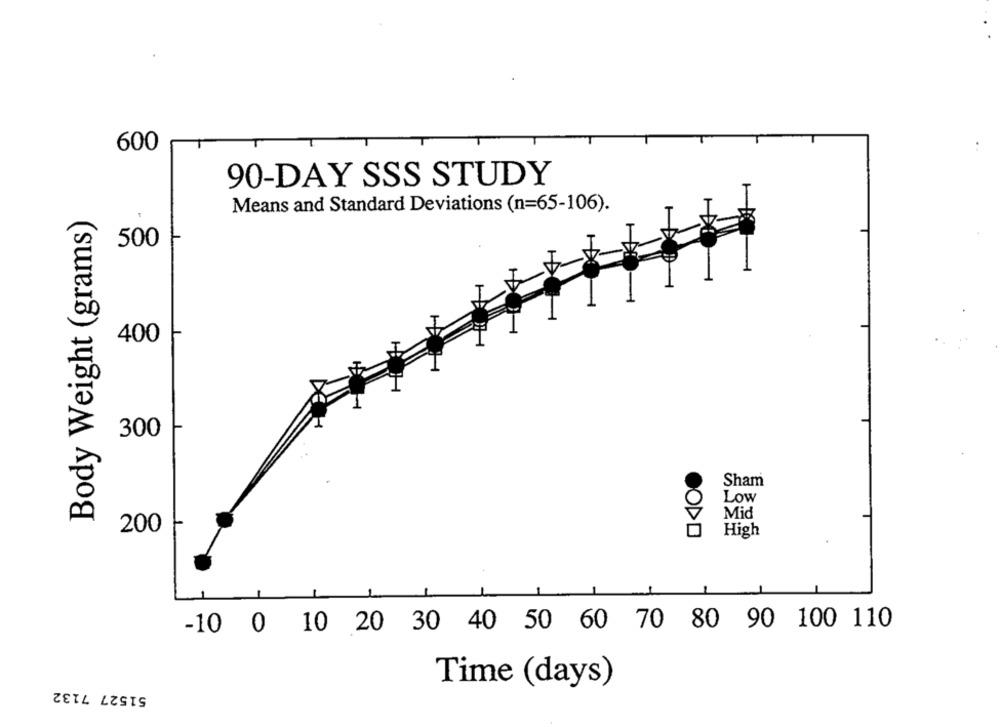
600
90-DAY SSS STUDY
Body Weight (grams)
Means and Standard Deviations (n=65-106).
500
400
300
Sham
Low
Mid
200
High
-10 0 10 20 30 40 50 60 70 80 90 100 110
51527 7132
Time (days)